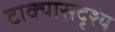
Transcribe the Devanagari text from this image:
टाक्यासदृश्य